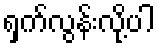
ရှက်လွန်းလို့ပါ